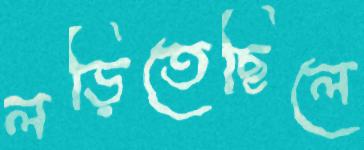
লড়িতেছিলে